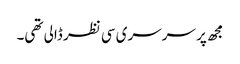
مجھ پر سرسری سی نظر ڈالی تھی۔